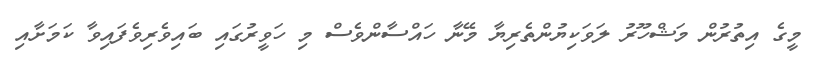
މީގެ އިތުރުން މަޝްހޫރު ލަވަކިޔުންތެރިޔާ މޭނާ ހައްސާންވެސް މި ހަވީރުގައި ބައިވެރިވެފައިވާ ކަމަށާއި